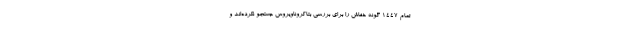
تمام ۱۴۴۷ گونه خفاش را برای بررسی بتاکروناویروس جستجو نکرده‌اند و